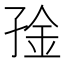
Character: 𫲧